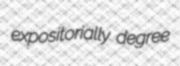
expositorially degree